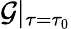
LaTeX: {\cal G}|_{\tau=\tau_{0}}